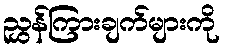
ညွှန်ကြားချက်များကို